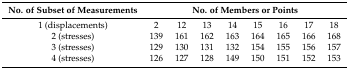
| No. of Subset of Measurements | <COLSPAN=8> No. of Members or Points |
 | --- | --- | --- | --- | --- | --- | --- | --- | --- |
 | 1 (displacements) | 2 | 12 | 13 | 14 | 15 | 16 | 17 | 18 |
 | 2 (stresses) | 139 | 161 | 162 | 163 | 164 | 165 | 166 | 168 |
 | 3 (stresses) | 129 | 130 | 131 | 132 | 154 | 155 | 156 | 157 |
 | 4 (stresses) | 126 | 127 | 128 | 149 | 150 | 151 | 152 | 153 |